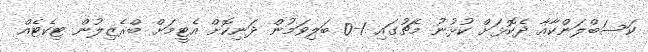
ކަސަބްލަންކާއާ ދެކޮޅަށް ކުޅުނު މެޗުގައި 1-0 ބަލިވަމުން ދަނިކޮށް އެޓީމަށް ބްރެޒިލުން ޓިކެޓެއް